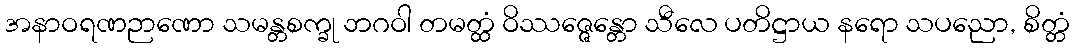
အနာဝရဏဉာဏော သမန္တစက္ခု ဘဂဝါ တမတ္ထံ ဝိဿဇ္ဇေန္တော သီလေ ပတိဋ္ဌာယ နရော သပညော, စိတ္တံ